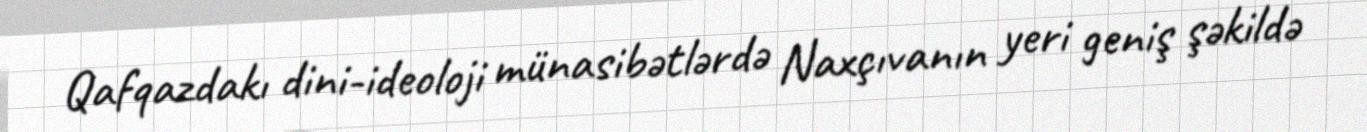
Qafqazdakı dini-ideoloji münasibətlərdə Naxçıvanın yeri geniş şəkildə